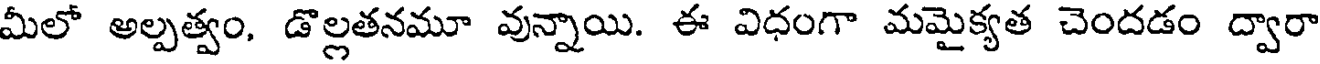
మీలో అల్పత్వం, డొల్లతనమూ వున్నాయి. ఈ విధంగా మమైక్యత చెందడం ద్వారా